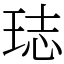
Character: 𤥴